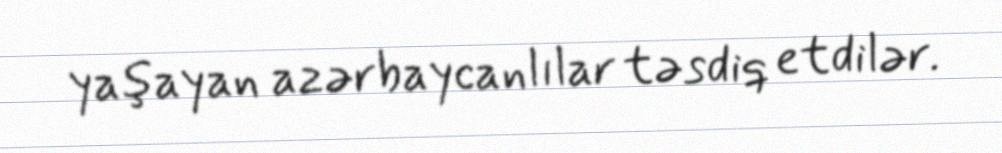
yaşayan azərbaycanlılar təsdiq etdilər.